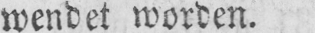
wendet worden.